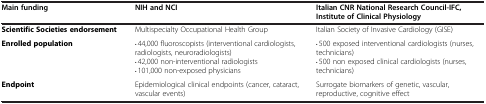
<table><thead><tr><td><b>Main funding</b></td><td><b>NIH and NCI</b></td><td><b>Italian CNR National Research Council-IFC, Institute of Clinical Physiology</b></td></tr></thead><tbody><tr><td><b>Scientific Societies endorsement</b></td><td>Multispecialty Occupational Health Group</td><td>Italian Society of Invasive Cardiology (GISE)</td></tr><tr><td><b>Enrolled population</b></td><td>· 44,000 fluoroscopists (interventional cardiologists, radiologists, neuroradiologists)· 42,000 non-interventional radiologists· 101,000 non-exposed physicians</td><td>· 500 exposed interventional cardiologists (nurses, technicians)· 500 non exposed clinical cardiologists (nurses, technicians)</td></tr><tr><td><b>Endpoint</b></td><td>Epidemiological clinical endpoints (cancer, cataract, vascular events)</td><td>Surrogate biomarkers of genetic, vascular, reproductive, cognitive effect</td></tr></tbody></table>